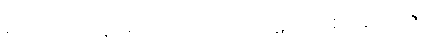
ဇာတက-ဋ္ဌ-ပ-အုပ်-၅၂။ အဘိ-၁-ဋ္ဌ-၇၁။ ဃဋိကာရ အိုးထိန်းသည်နှင့်